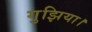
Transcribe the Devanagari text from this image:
गुझिया।